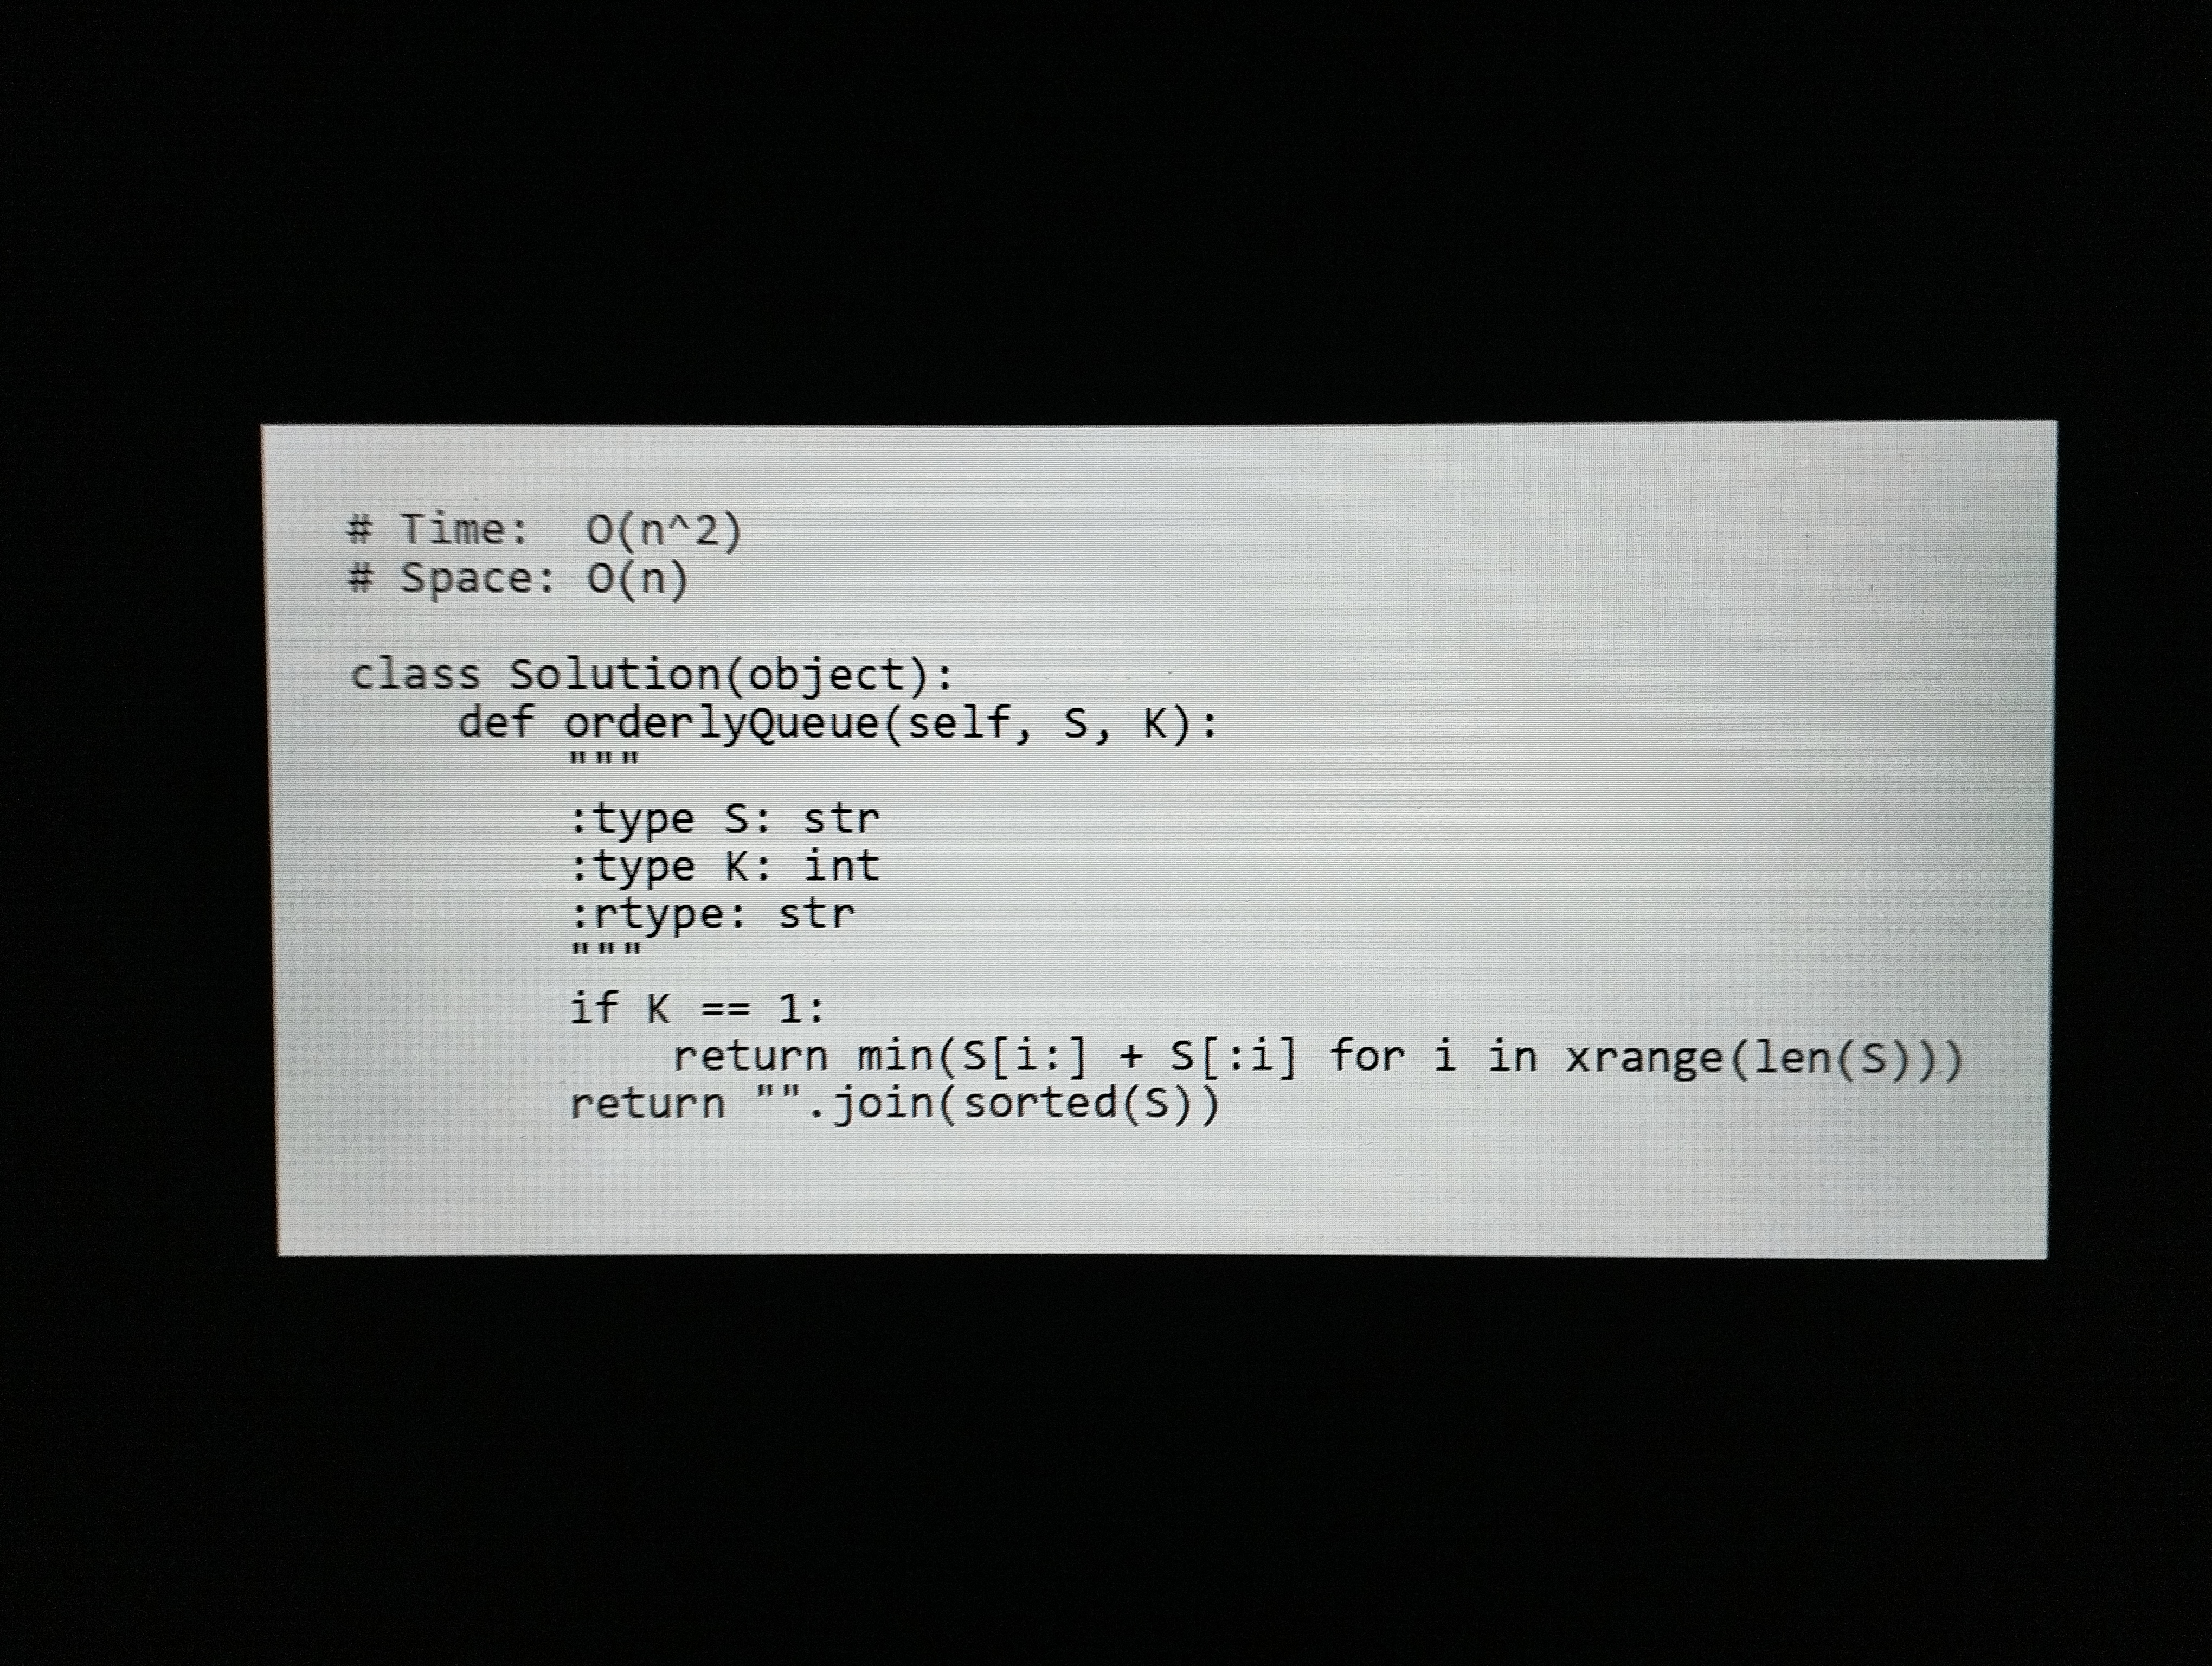
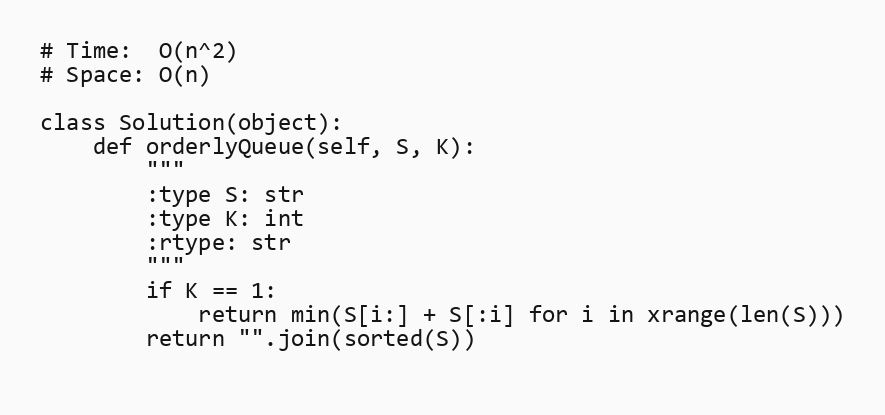
# Time:  O(n^2)
# Space: O(n)

class Solution(object):
    def orderlyQueue(self, S, K):
        """
        :type S: str
        :type K: int
        :rtype: str
        """
        if K == 1:
            return min(S[i:] + S[:i] for i in xrange(len(S)))
        return "".join(sorted(S))